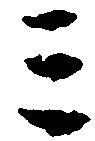
三